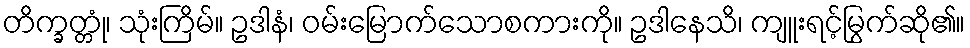
တိက္ခတ္တုံ၊ သုံးကြိမ်။ ဥဒါနံ၊ ဝမ်းမြောက်သောစကားကို။ ဥဒါနေသိ၊ ကျူးရင့်မြွက်ဆို၏။